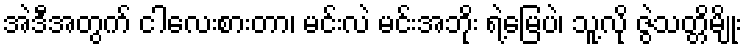
အဲဒီအတွက် ငါလေးစားတာ၊ မင်းလဲ မင်းအဘိုး ရဲ့မြေပဲ၊ သူ့လို ဇွဲသတ္တိမျိုး